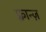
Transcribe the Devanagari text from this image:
फ़्रान्ज़